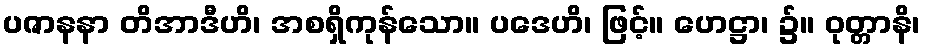
ပဇာနနာ တိအာဒီဟိ၊ အစရှိကုန်သော။ ပဒေဟိ၊ ဖြင့်။ ဟေဋ္ဌာ၊ ၌။ ဝုတ္တာနိ၊